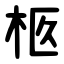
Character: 柩